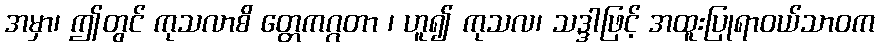
အမှာ၊ ဤတွင် ကုသလာစိ တ္တေကဂ္ဂတာ ၊ ဟူ၍ ကုသလ၊ သဒ္ဒါဖြင့် အထူးပြုရာဝယ်သာဝက